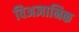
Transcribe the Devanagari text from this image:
विअज्ञानिक